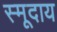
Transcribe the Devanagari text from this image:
स्मूदाय